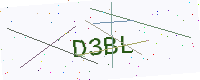
Text: D3BL